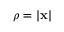
\rho = | { \bf x } |